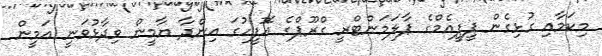
މިކަމާއި ގުޅިގެން ޕީޕީއެމްގެ ޕާލަމަންޓްރީ ގްރޫޕްގެ އޮފީހުގަ އިންދާ ޔާމީން ވިދާޅުވަނީ އަމީން